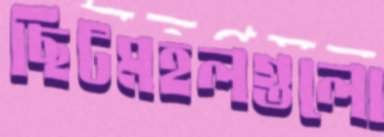
ছিটমহলগুলো